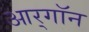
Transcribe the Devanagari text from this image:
आर्‌गॉन